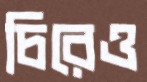
চিরেও